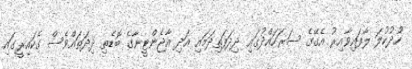
ހުދުކުލަ ލާފައިވާއިރު އެގޭގެ ސަރަހައްދުގައި ދިދަފަތިދަމައި އަދި އާޖެންޓީނާގެ ބޮޑެތި ދިދަތައްވެސް ގެކައިރީގައި